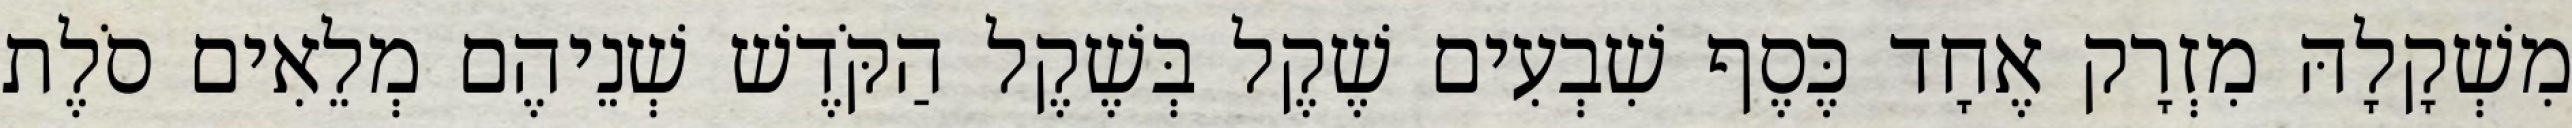
מִשְׁקָלָהּ מִזְרָק אֶחָד כֶּסֶף שִׁבְעִים שֶׁקֶל בְּשֶׁקֶל הַקֹּדֶשׁ שְׁנֵיהֶם מְלֵאִים סֹלֶת